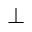
\perp